Language: tamil
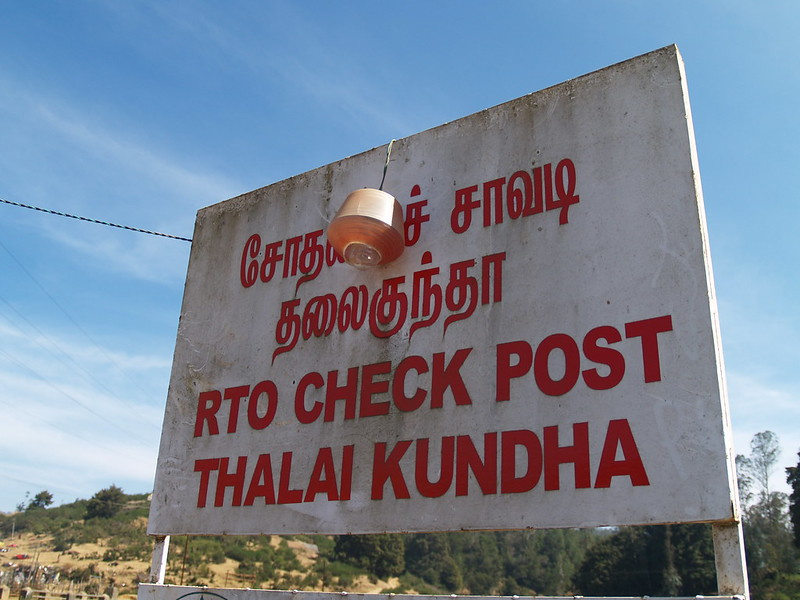
Transcription: தலைகுந்தா சோத சாவடி